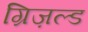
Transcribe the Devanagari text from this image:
ग्रिज़ल्ड